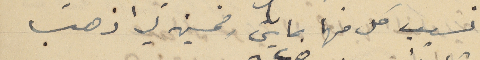
نسيب كل منها بمايتى وخمسين ليرا ذهب